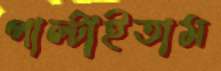
পাল্‌টাইতাম